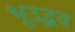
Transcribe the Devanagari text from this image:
भूउद्भव